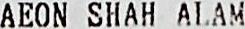
AEON SHAH ALAM